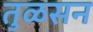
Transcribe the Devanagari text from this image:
तुळसन